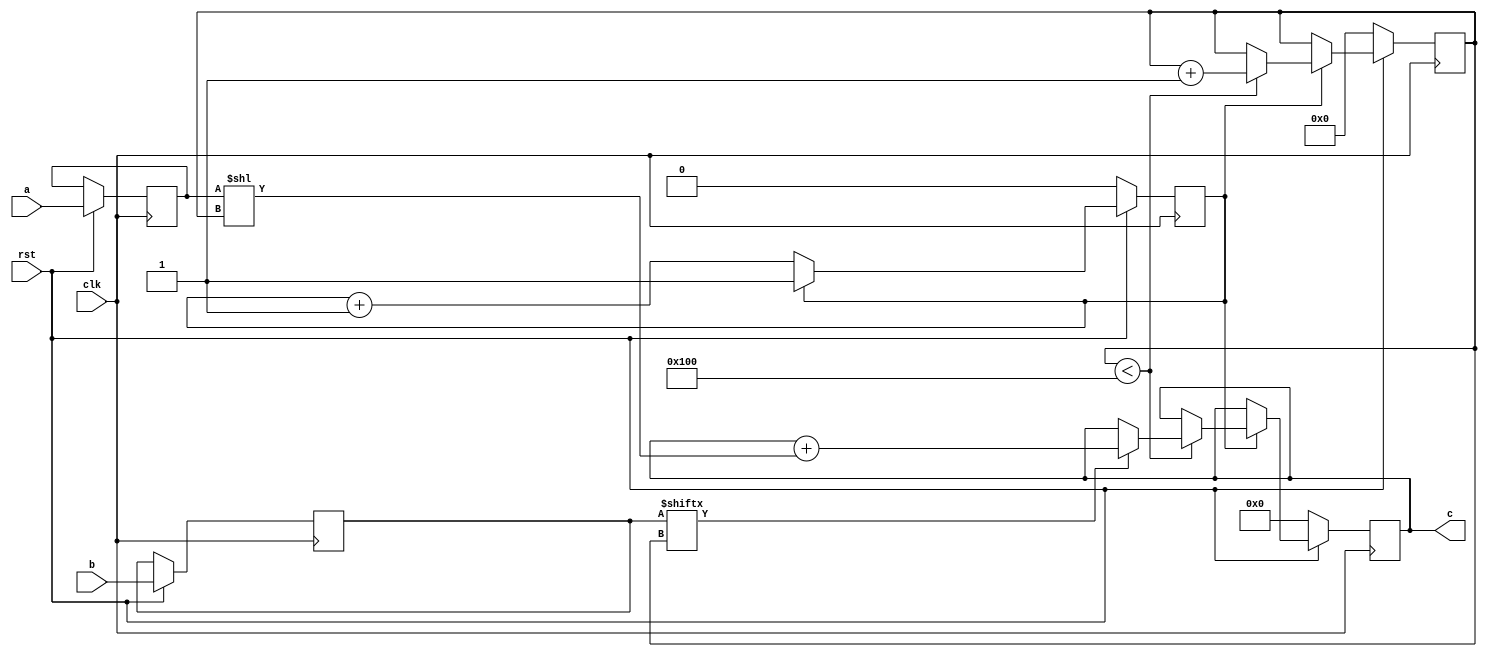
// TalTech large integer multiplier library
// Multiplier type: schoolbook
// Parameters: 256 256 2
// Target tool: genus
module schoolbook(clk, rst, a, b, c);
input clk;
input rst;
input [255:0] a;
input [255:0] b;
output reg [511:0] c;

reg [255:0] a_temp_1;
reg [255:0] b_temp_1;

reg  [8:0] count;
reg skip;

always @(posedge clk) begin
	if (rst == 1'b0) begin
		c <= 512'd0;
		count <= 9'd0;
		skip <= 1'd0;
	end
	else begin
		a_temp_1 <= a;
		b_temp_1 <= b;
		if (skip != 1) skip <= skip + 1;
		else begin
			if (count < 256) begin
				if (b_temp_1[count] == 1) begin
					c <= c + (a_temp_1 << count);
				end
				count <= count + 1;
			end
		end
	end
end
endmodule